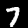
Label: 7